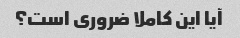
آیا این کاملا ضروری است؟